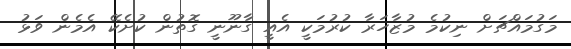
މަގުމައްޗަށް ނިކުމެ މުޒާހަރާ ކުރުމަކީ އެއީ ގާނޫނީ ގޮތުން ކުށެކޭ އެމެން ވަޅު